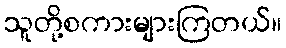
သူတို့စကားများကြတယ်။